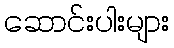
ဆောင်းပါးများ